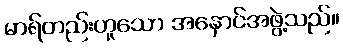
မာရ်တည်းဟူသော အနှောင်အဖွဲ့သည်။